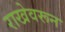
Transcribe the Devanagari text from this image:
राखेवरून